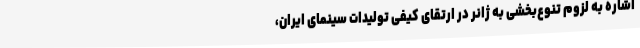
اشاره به لزوم تنوع‌بخشی به ژانر در ارتقای کیفی تولیدات سینمای ایران،